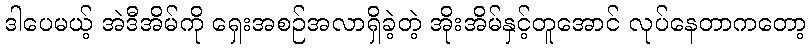
ဒါပေမယ့် အဲဒီအိမ်ကို ရှေးအစဉ်အလာရှိခဲ့တဲ့ အိုးအိမ်နှင့်တူအောင် လုပ်နေတာကတော့